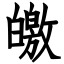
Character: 皦